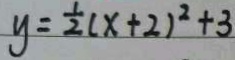
y = \frac { 1 } { 2 } ( x + 2 ) ^ { 2 } + 3